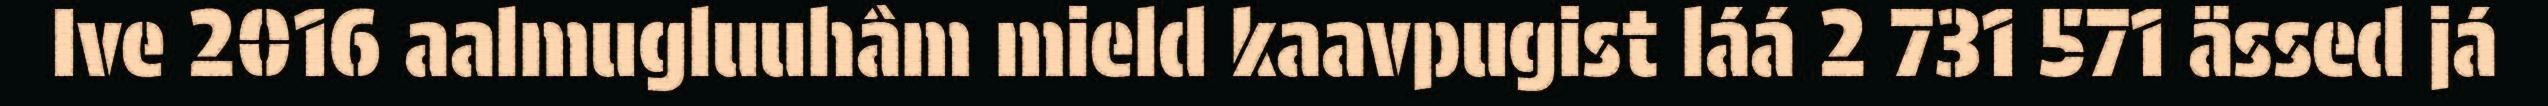
Ive 2016 aalmugluuhâm mield kaavpugist láá 2 731 571 ässed já